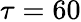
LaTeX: \tau=60